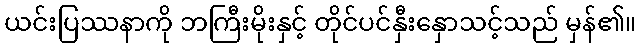
ယင်းပြဿနာကို ဘကြီးမိုးနှင့် တိုင်ပင်နှီးနှောသင့်သည် မှန်၏။